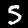
Digit: 5